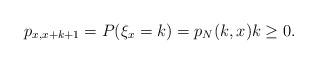
LaTeX: \begin{gather*}p_{x, x+k+1}=P(\xi_x=k)=p_N(k,x) k\geq 0.\end{gather*}